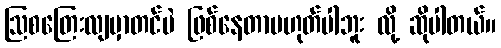
ဩစတြေးလျမှာတင်ပဲ ဖြစ်နေတာမဟုတ်ပါဘူး လို့ ဆိုပါတယ်။